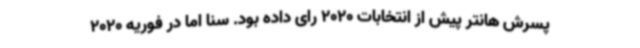
پسرش هانتر پیش از انتخابات 2020 رای داده بود. سنا اما در فوریه 2020